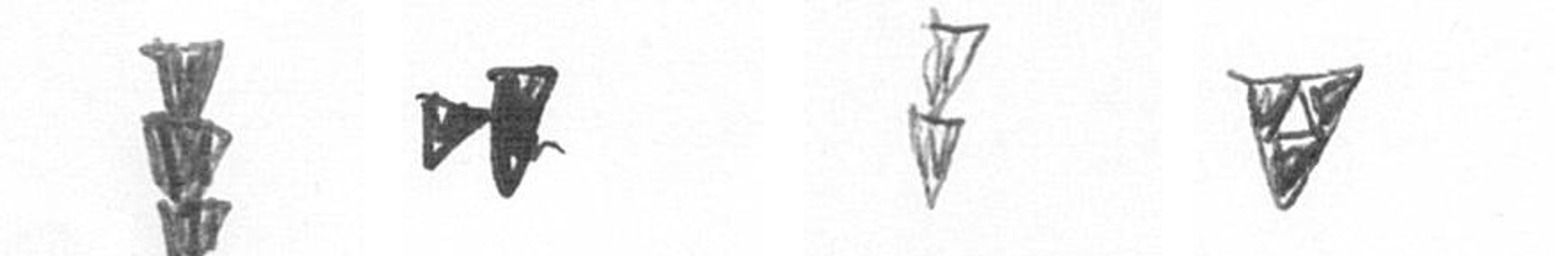
E M Z S